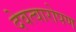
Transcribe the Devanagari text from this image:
देवत्वारोपण